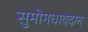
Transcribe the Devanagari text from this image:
सुमोगधावदान